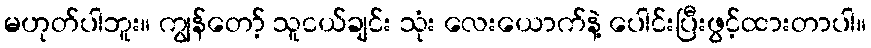
မဟုတ်ပါဘူး။ ကျွန်တော့် သူငယ်ချင်း သုံး လေးယောက်နဲ့ ပေါင်းပြီးဖွင့်ထားတာပါ။